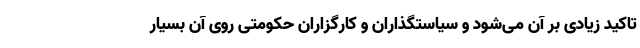
تاکید زیادی بر آن می‌شود و سیاستگذاران و کارگزاران حکومتی روی آن بسیار